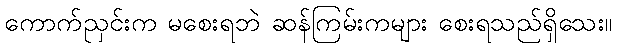
ကောက်ညှင်းက မစေးရဘဲ ဆန်ကြမ်းကများ စေးရသည်ရှိသေး။